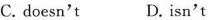
C.doesn't D.isn't